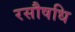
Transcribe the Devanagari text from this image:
रसौषधि